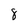
Character: 8